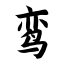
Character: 鸾